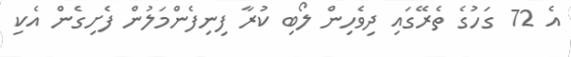
އެ 72 ގަހުގެ ތެރޭގައި ދިވެހިން ލޯބި ކުރާ ފިނިފެންމަލުން ފެށިގެން އެކި